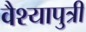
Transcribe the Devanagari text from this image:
वैश्यापुत्री